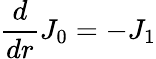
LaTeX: \frac{d}{dr}J_{0}=-J_{1}